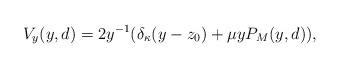
LaTeX: \begin{align*} V_y(y, d)=2y^{-1}(\delta_{\kappa}(y-z_0) + \mu y P_M(y, d)), \end{align*}